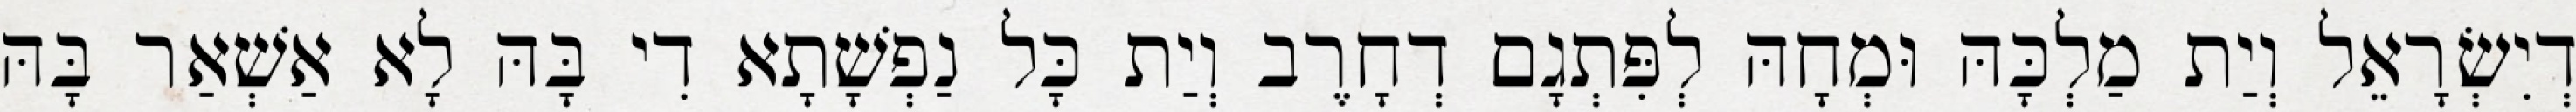
דְיִשְׂרָאֵל וְיַת מַלְכָּהּ וּמְחָהּ לְפִּתְגָם דְחָרֶב וְיַת כָּל נַפְשָׁתָא דִי בָּהּ לָא אַשְׁאַר בָּהּ